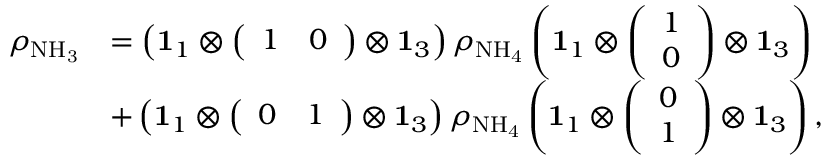
\begin{array} { r l } { \rho _ { \mathrm { N H _ { 3 } } } } & { = \left( \mathbf { 1 } _ { 1 } \otimes \left( \begin{array} { l l } { 1 } & { 0 } \end{array} \right) \otimes \mathbf { 1 } _ { 3 } \right) \rho _ { \mathrm { N H _ { 4 } } } \left( \mathbf { 1 } _ { 1 } \otimes \left( \begin{array} { l } { 1 } \\ { 0 } \end{array} \right) \otimes \mathbf { 1 } _ { 3 } \right) } \\ & { + \left( \mathbf { 1 } _ { 1 } \otimes \left( \begin{array} { l l } { 0 } & { 1 } \end{array} \right) \otimes \mathbf { 1 } _ { 3 } \right) \rho _ { \mathrm { N H _ { 4 } } } \left( \mathbf { 1 } _ { 1 } \otimes \left( \begin{array} { l } { 0 } \\ { 1 } \end{array} \right) \otimes \mathbf { 1 } _ { 3 } \right) , } \end{array}